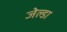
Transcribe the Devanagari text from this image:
जेल्डा